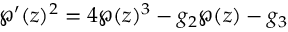
\wp ^ { \prime } ( z ) ^ { 2 } = 4 \wp ( z ) ^ { 3 } - g _ { 2 } \wp ( z ) - g _ { 3 }